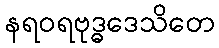
နရဝရဗုဒ္ဓဒေသိတေ